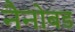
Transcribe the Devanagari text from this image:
नैनोबड